Bréfritari: Benedikt Hálfdanarson
Dagsetning: A-1880-06-18
Skrifað á: Vesturheimi

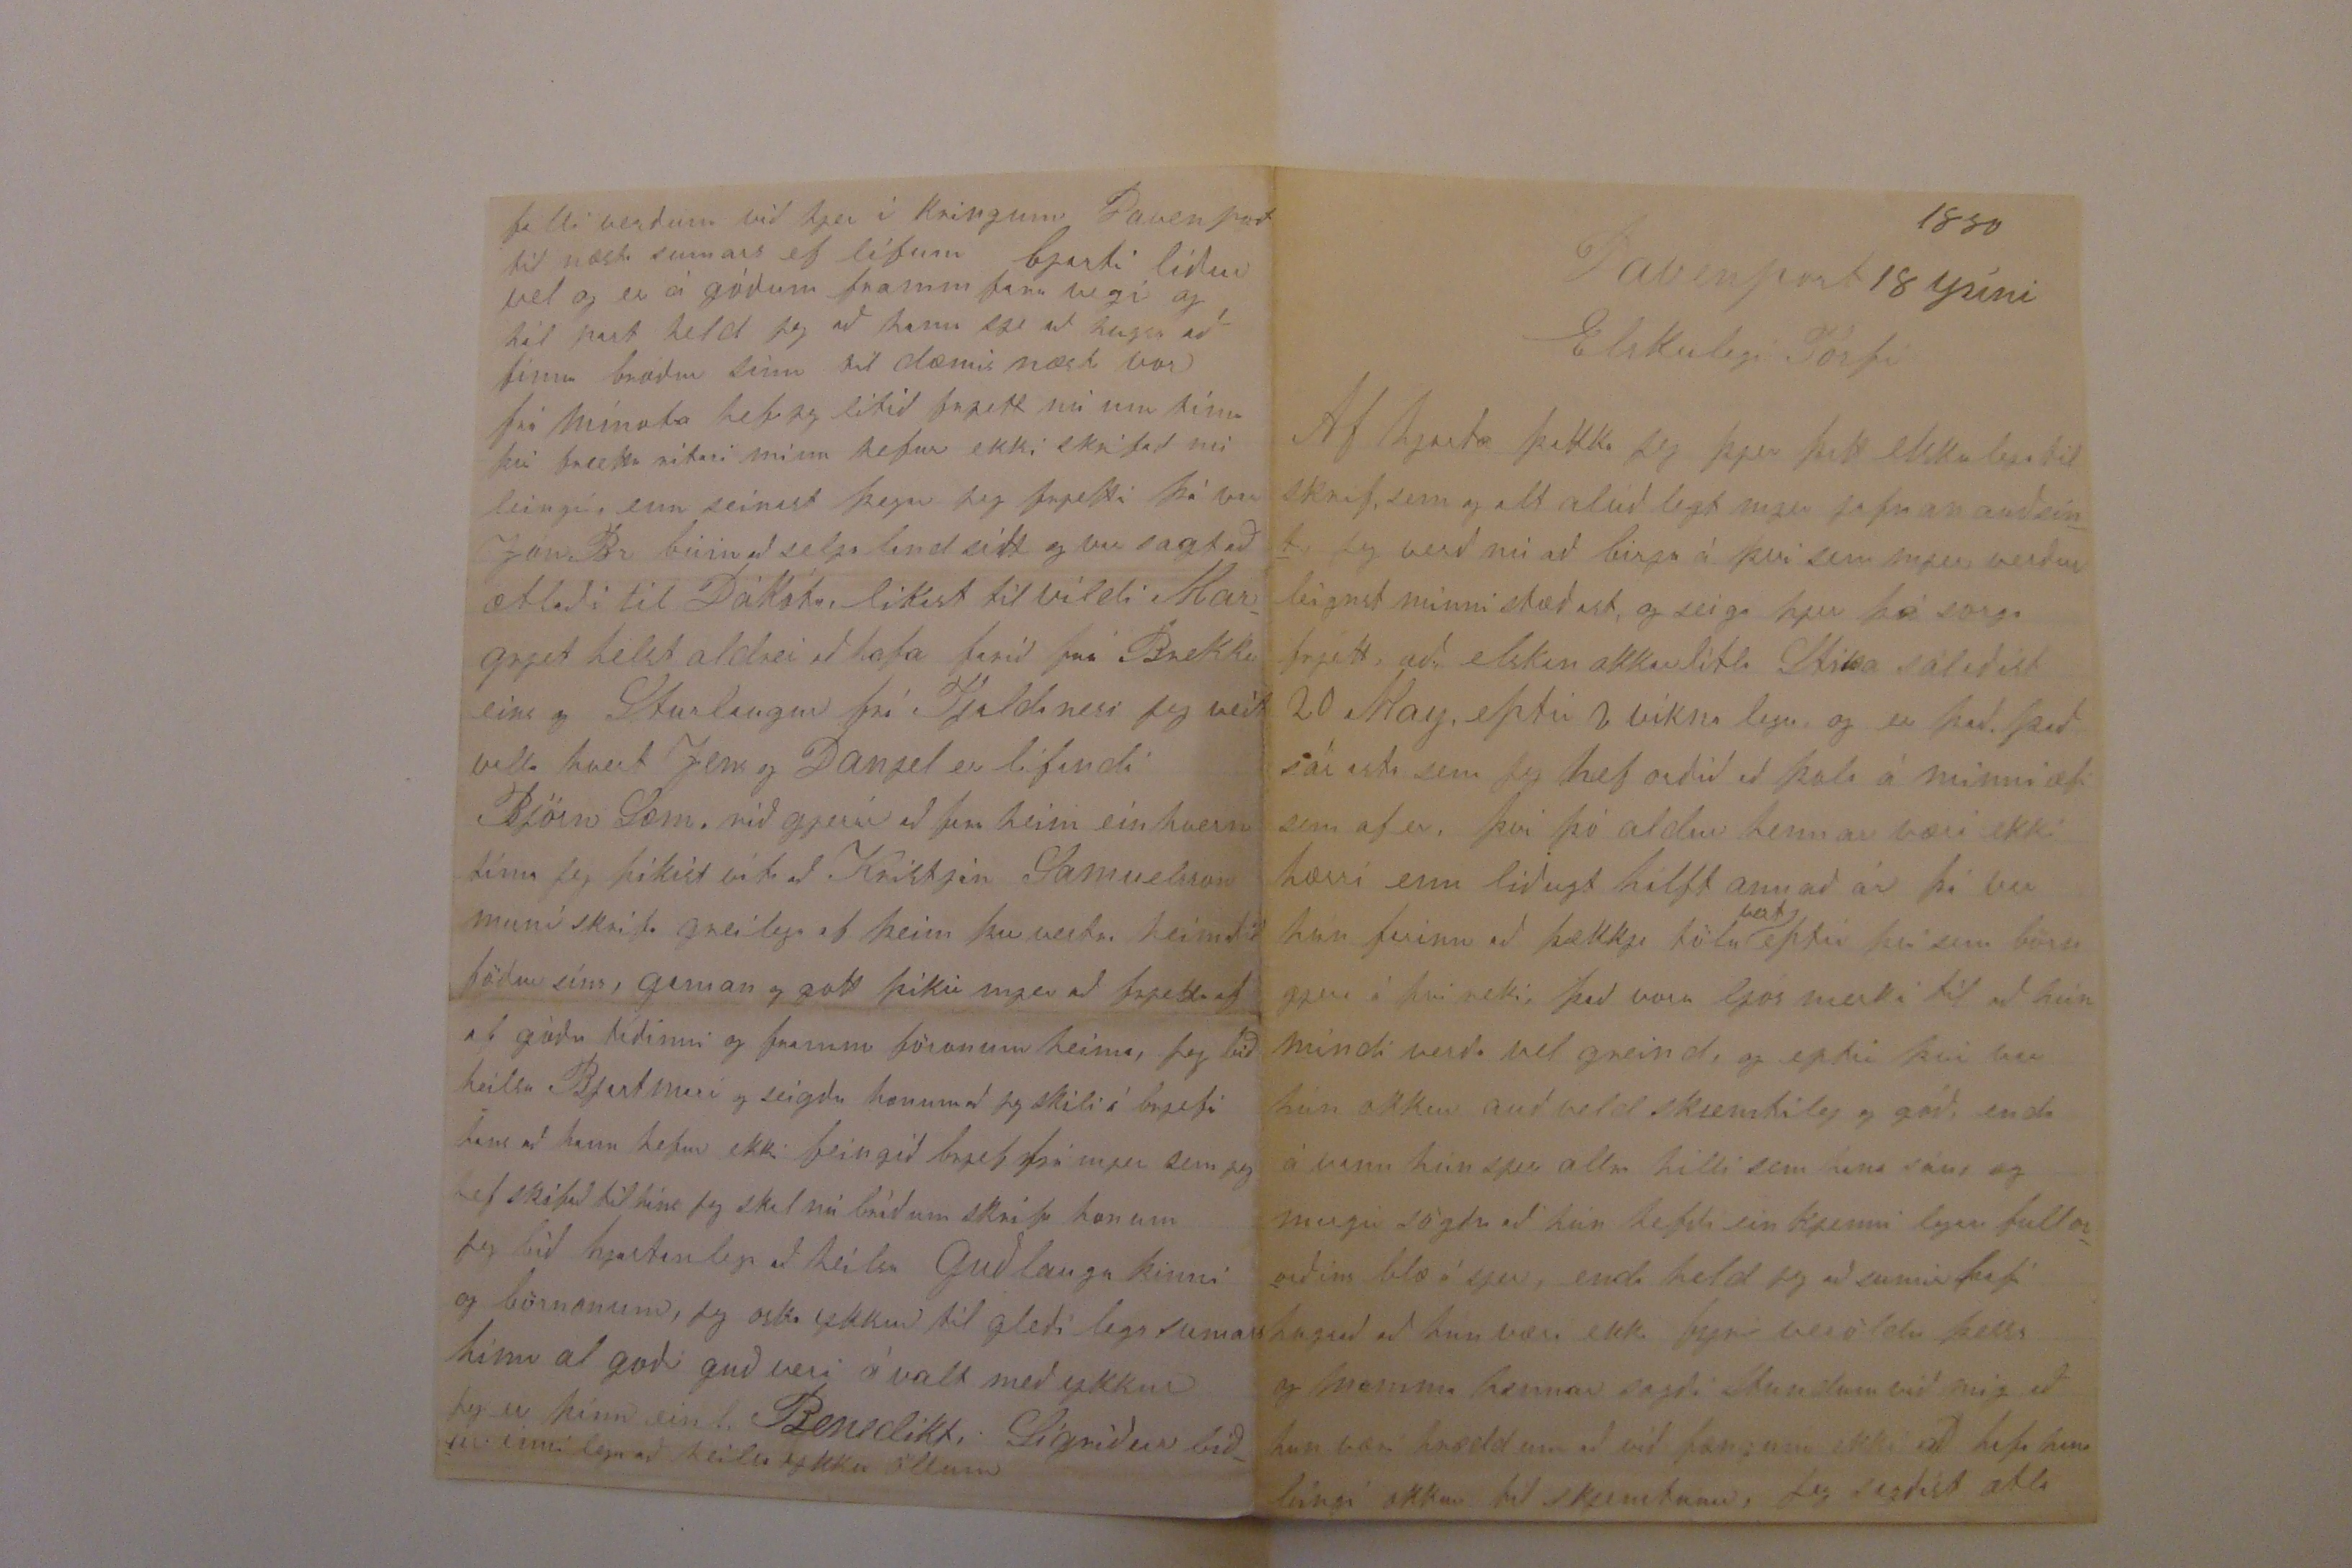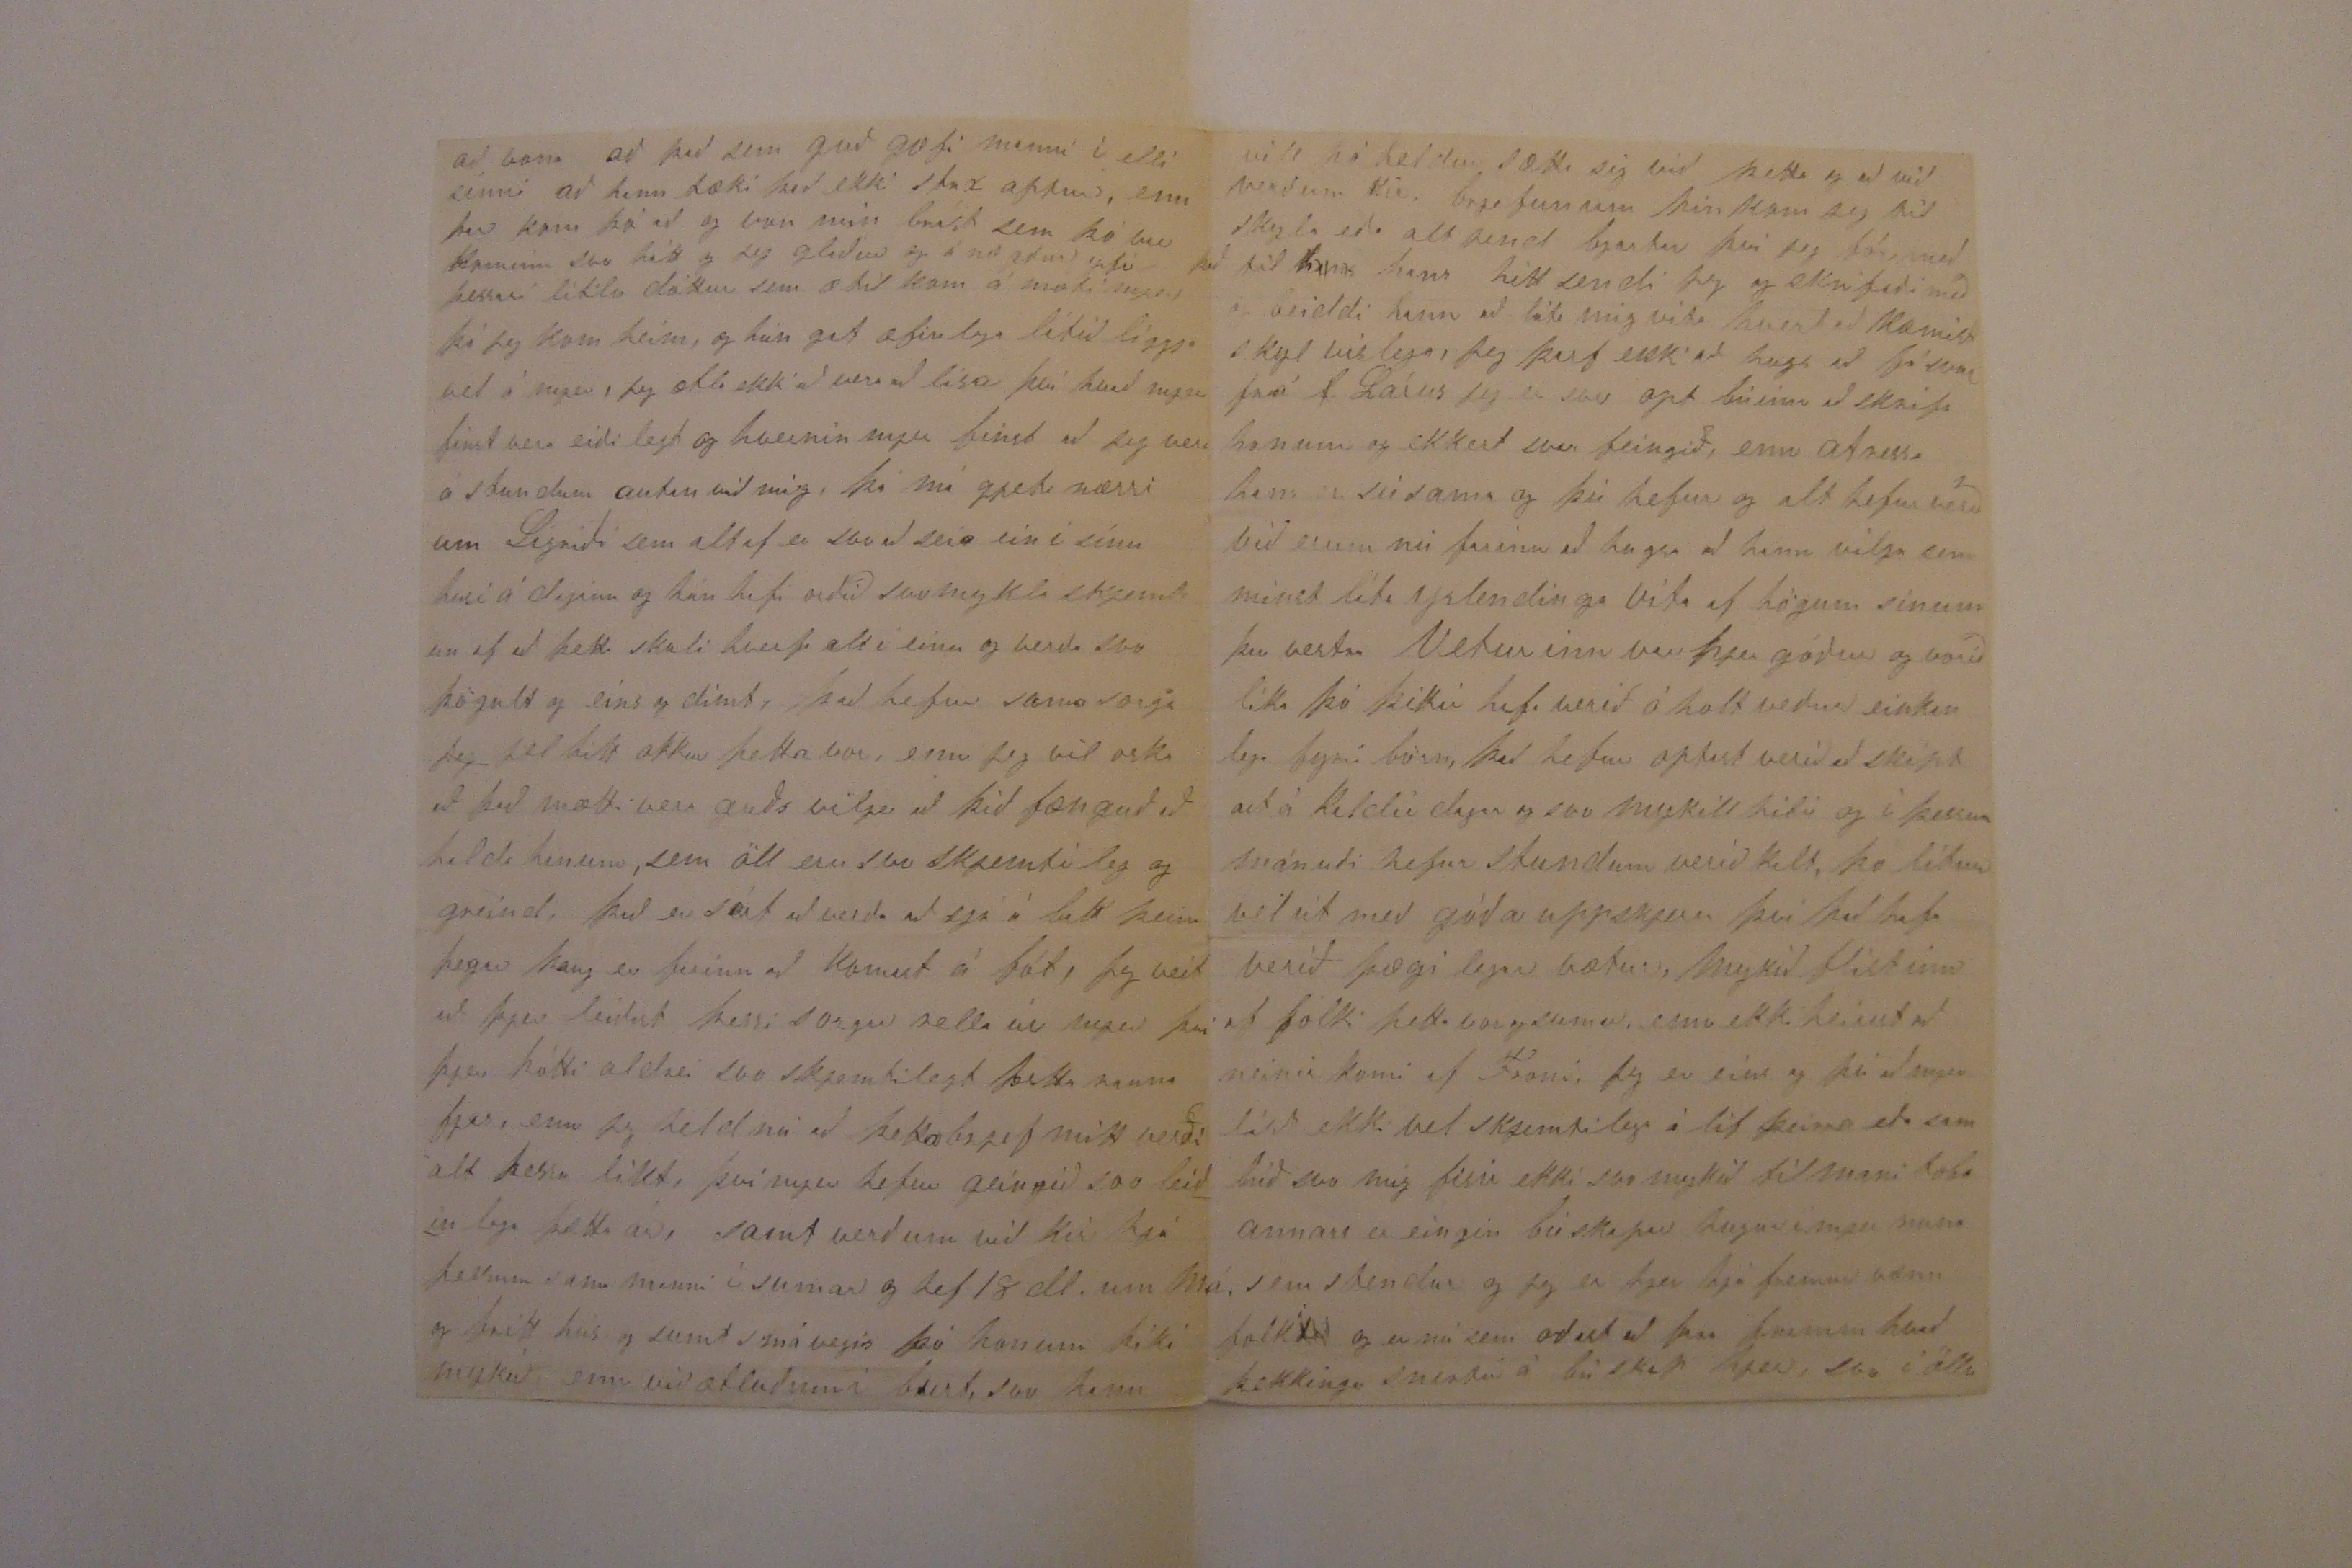

1880
Davenport 18 yúní
Elskulegi Torfi
Af hjarta þakka jeg þjer þitt elskulega til skrif sem og alt alúðlegt mjer jafnan auðsínt, jeg verð nú að birja á því sem mjer verdur leingst minnistæðast, og seiga þjer þá sorga frjett, að elskan okkar litla Stína sálaðist 20 May, eptir 2 vikna legu, og er það það sárasta sem jeg hef orðið að þola á minni æfi sem af er, því þó aldur hennar væri ekki hærri enn liðugt hálft annað ár þá var hún farinn að þekkja tölu
vert
eptir því sem börn gjera á því reki, það voru ljós merki til að hún mindi verða vel greind, og eptir því var hún okkur auðveld skiemtileg og góð, enda á vann hún sjer allra heilli sem hana sáu, og margir sögðu að hún hefði ein kjenni legan fullorðins blæ á sjer, enda held jeg að sumir hafi hugsað að hún væri ekki fyrir veröldu þessa og mamma hennar sagði stundum við mig að hun væri hrædd um að við fængum ekki að hafa hana leingi okkur til skemtunar, Jeg sagðist ætla
að vona að það sem guð gæfi manni í elli sinni að hann tæki það ekki strax aptur, enn þar kom þó að og von mín brást sem þó var kominn svo hátt og jeg glaður og ánægður yfir þessari litilu dóttur sem ætíð kom á móti mjer þá jeg kom heim, og hún gat æfinlega lítið liggja vel á mjer, jeg ætla ekki að vera að lísa því hvað mjer finst vera eidilegt og hvernin mjer finst að jeg vera á stundum autan við mig, þá nú gjeti nærri um Sigríði sem altaf er svo að seia ein í sínu húsi á daginn og hún hafi orðið svo mykla skjemtun af að þetta skuli hverfa alt í einu og verda svo þögult og eins og dimt, það hefur sama sorga
þeg
þel hitt okkur þetta vor, enn jeg vil oska að það mætti vera guðs vilji að þið fænguð að halda hinum, sem öll eru svo skjemtileg og greind, það er sárt að verda að sjá á bak þeim þegar þaug er farinn að komast á fót, jeg veit að þjer leiðist þessi sorgar rella úr mjer því þjer þótti aldrei svo skjemtilegt þetta rauna fjas, enn jeg held nú að þetta brjef mitt verði alt þessu líkt, því mjer hefur geingið svo leiðinlega þetta ár, samt verðum við kir hjá þessum sama manni í sumar og hef 18 dl. um má. og frítt hús og sumt smávegis þó honum þiki mykið, enn við ætluðum burt, svo hann
vill þó heldur þó heldur sætta sig við þetta og að við verðum kir, brjefunum þín kom jeg til skyla eða altjend bjartar því jeg fór með það til
hans
hans hitt sendi jeg og skrifaði með og beiddi hann að láta mig vita hvert að kæmist skylvíslega, jeg þarf ekki að hugs að fá svar frá
0
Lárus jeg er svo opt búinn að skrifa honum og ekkert svar feingið, enn atressa hans er sú sama og þú hefur og alt hefur verið við erum nú farinn að hugsa að hann vilja sem minst láta yslendinga vita af högum sínum þar vestra Veturinn var hjer góður og vorið líka þó þikir hafa verið ó holt vedur einkan lega fyrir börn, það hefur optast verið að skiptast á kaldir dagar og svo mykill hiti og í þessum mánuði hefur stundum verið kalt, þó lítur vel út með góða uppskjeru því það hafa verið þægilegar vætur, mykið flist inn af fólki þetta vor og sumar, enn ekki heirist að neinir komi af Froni. Jeg er eins og þú að mjer líst ekki vel skjemtilega á líf þeirra eða sam búð svo mig físir ekki svo mykið til manitoba annars er eingin búskapar hugur í mjer nuna sem stendur og jeg er hjer hjá fremur væru folk
000
og er nú sem oðast að fara framm hvað þekkingu snertir á búskap hjer, svo í öllu
falli verdum við hjer í kringum Davenport til næsta sumars ef lifum bjarti líður vel og er á góðum framm fara vegi og hál part held jeg að hann sje að hugsa að finna bróður sinn til dæmist næsta vor frá
mínota
hef jeg lítið frjett nú um tíma því frietta ritari minn hefur ekki skrifað nú leingi, enn seinast þegar jeg frjetti þá var Jón Br búin að selja land sitt og var sagt að ætlaði til Dakóta, líkast til vildi Margrjet helst aldrei að hafa farið frá Brekku eins og Sturlaugur frá Tjaldsnesi jeg veit valla hvert Jens og Danjel er lifandi
Björn Sæm. ráð gjerir að fara heim einhvern tíma jeg þikist vita að Kristján Samuelsson muni skrifa greilega af þeim þar vestra heim til födur síns, gaman og gott þikir mjer að frjetta af af góðu tíðinni og framm förunum heima, jeg bið heilsa Bjartmari og seigðu honum jeg skili á brjefi hans að hann hefur ekki feingið brjef frá mjer sem jeg hef skifað til hans jeg skal nú bráðum skrifa honum jeg bið hjartanlega að heilsa Guðlaugu þinni og börnonum, jeg oska ykkur til gleði legs sumar tíma að goði guð veri ávalt með ykkur jeg er þinn einl. Benedikt, Sigríður biður innilega að heilsa ykkur öllum